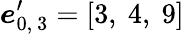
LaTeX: \boldsymbol{e}_{0,\ 3}^{\prime}=\left[3,\ 4,\ 9\right]